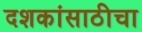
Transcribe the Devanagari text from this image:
दशकांसाठीचा